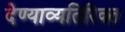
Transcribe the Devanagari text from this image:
देण्याव्यतिरिक्त